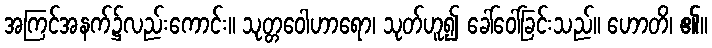
အကြင်အနက်၌လည်းကောင်း။ သုတ္တဝေါဟာရော၊ သုတ်ဟူ၍ ခေါ်ဝေါ်ခြင်းသည်။ ဟောတိ၊ ၏။